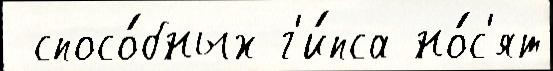
 спосо́бных г'и́пса но́с'ят